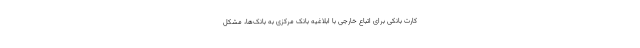
کارت بانکی برای اتباع خارجی با ابلاغیه بانک مرکزی به بانک‌ها، مشکل